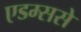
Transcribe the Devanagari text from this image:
एडम्ससे